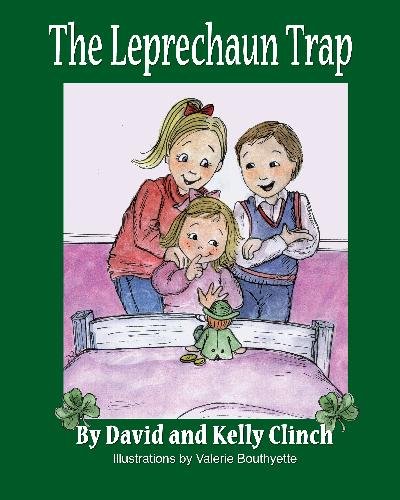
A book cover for The Leprechaun Trap: A Family Tradition For Saint Patrick's Day; David Clinch; Children's Books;